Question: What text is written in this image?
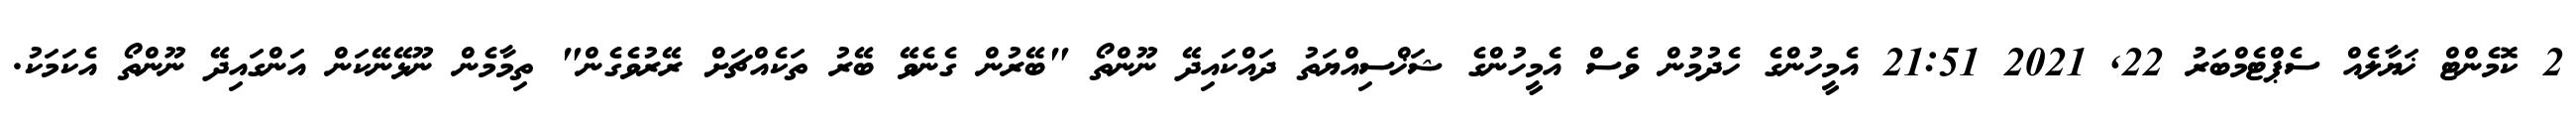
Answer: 2 ކޮމެންޓް ޚަޔާލެއް ސެޕްޓެމްބަރު 22, 2021 21:51 އެމީހުންގެ ހެދުމުން ވެސް އެމީހުންގެ ޝަޚްސިއްޔަތު ދައްކައިދޭ ނޫންތޯ "ބޭރުން ގެނެވޭ ބޭރު ތަކެއްޗަށް ރޭރުވެގެން" ތިމާމެން ނޫޅޭނޭކަން އަންގައިދޭ ނޫންތޯ އެކަމަކު.